Report on vaccination in the Province of Bengal - 1869-1873
Year: 1869
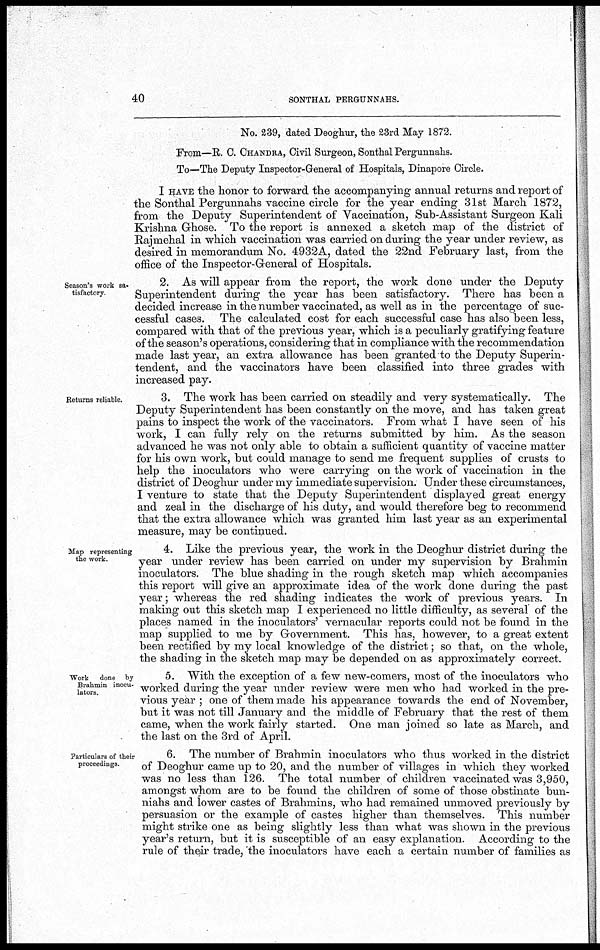
40
SONTHAL PERGUNNAHS.
No. 239, dated Deoghur, the 23rd May 1872.
From—R. C. CHANDRA, Civil Surgeon, Sonthal Pergunnahs.
To—The Deputy Inspector-General of Hospitals, Dinapore Circle.
I HAVE the honor to forward the accompanying annual returns and report of
the Sonthal Pergunnahs vaccine circle for the year ending 31st March 1872,
from the Deputy Superintendent of Vaccination, Sub-Assistant Surgeon Kali
Krishna Ghose. To the report is annexed a sketch map of the district of
Rajmehal in which vaccination was carried on during the year under review, as
desired in memorandum No. 4932A, dated the 22nd February last, from the
office of the Inspector-General of Hospitals.
Season's work sa¬
tisfactory
2. As will appear from the report, the work done under the Deputy
Superintendent during the year has been satisfactory. There has been a
decided increase in the number vaccinated, as well as in the percentage of suc-
cessful cases. The calculated cost for each successful case has also been less,
compared with that of the previous year, which is a peculiarly gratifying feature
of the season's operations, considering that in compliance with the recommendation
made last year, an extra allowance has been granted to the Deputy Superin-
tendent, and the vaccinators have been classified into three grades with
increased pay.
Returns reliable.
3. The work has been carried on steadily and very systematically. The
Deputy Superintendent has been constantly on the move, and has taken great
pains to inspect the work of the vaccinators. From what I have seen of his
work, I can fully rely on the returns submitted by him. As the season
advanced he was not only able to obtain a sufficient quantity of vaccine matter
for his own work, but could manage to send me frequent supplies of crusts to
help the inoculators who were carrying on the work of vaccination in the
district of Deoghur under my immediate supervision. Under these circumstances,
I venture to state that the Deputy Superintendent displayed great energy
and zeal in the discharge of his duty, and would therefore beg to recommend
that the extra allowance which was granted him last year as an experimental
measure, may be continued.
Map representing
the work.
4. Like the previous year, the work in the Deoghur district during the
year under review has been carried on under my supervision by Brahmin
inoculators. The blue shading in the rough sketch map which accompanies
this report will give an approximate idea of the work done during the past
year; whereas the red shading indicates the work of previous years. In
making out this sketch map I experienced no little difficulty, as several of the
places named in the inoculators' vernacular reports could not be found in the
map supplied to me by Government. This has, however, to a great extent
been rectified by my local knowledge of the district; so that, on the whole,
the shading in the sketch map may be depended on as approximately correct.
Work done by
Brahmin inocu-
lators.
5. With the exception of a few new-comers, most of the inoculators who
worked during the year under review were men who had worked in the pre-
vious year ; one of them made his appearance towards the end of November,
but it was not till January and the middle of February that the rest of them
came, when the work fairly started. One man joined so late as March, and
the last on the 3rd of April.
Particulars of their
proceedings
6. The number of Brahmin inoculators who thus worked in the district
of Deoghur came up to 20, and the number of villages in which they worked
was no less than 126. The total number of children vaccinated was 3,950,
amongst whom are to be found the children of some of those obstinate bun-
niahs and lower castes of Brahmins, who had remained unmoved previously by
persuasion or the example of castes higher than themselves. This number
might strike one as being slightly less than what was shown in the previous
year's return, but it is susceptible of an easy explanation. According to the
rule of their trade, the inoculators have each a certain number of families as